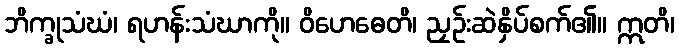
ဘိက္ခုသံဃံ၊ ရဟန်းသံဃာကို။ ဝိဟေဓေတိ၊ ညှဉ်းဆဲနှိပ်စက်၏။ ဣတိ၊